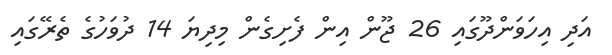
އަދި އިހަވަންދޫގައި 26 ޖޫން އިން ފެށިގެން މިދިޔަ 14 ދުވަހުގެ ތެރޭގައި